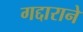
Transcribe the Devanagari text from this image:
गद्दाराने